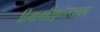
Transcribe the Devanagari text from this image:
हिमामद्रिकृतस्थलाम्